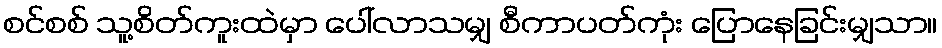
စင်စစ် သူ့စိတ်ကူးထဲမှာ ပေါ်လာသမျှ စီကာပတ်ကုံး ပြောနေခြင်းမျှသာ။